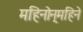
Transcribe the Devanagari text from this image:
महिनोन्‌महिने